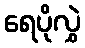
ရေပိုလွှဲ